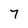
Character: 7